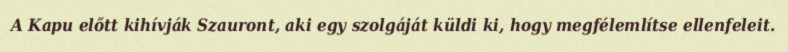
A Kapu előtt kihívják Szauront, aki egy szolgáját küldi ki, hogy megfélemlítse ellenfeleit.